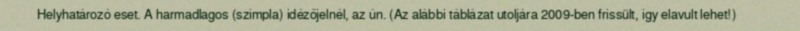
Helyhatározó eset. A harmadlagos (szimpla) idézőjelnél, az ún. (Az alábbi táblázat utoljára 2009-ben frissült, így elavult lehet!)